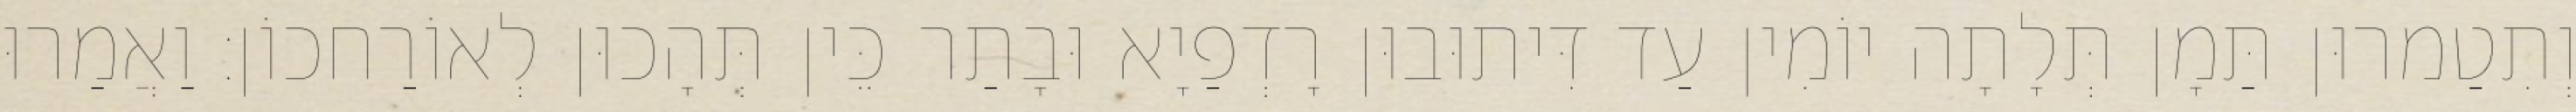
וְתִטַמרוּן תַּמָן תְּלָתָה יוֹמִין עַד דִּיתוּבוּן רָדְפַיָא וּבָתַר כֵּין תְּהָכוּן לְאוֹרַחכוֹן׃ וַאֲמַרוּ